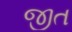
જીત